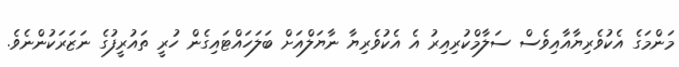
މަންމަގެ އެކުވެރިޔާއާއިވެސް ސަލާމްކުރިއިރު އެ އެކުވެރިޔާ ނާޔަލްއަށް ބަލަހައްޓައިގެން ހުރީ ތައުރީފުގެ ނަޒަރަކުންނެވެ.